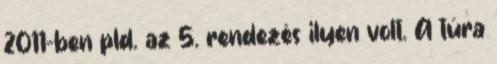
2011-ben pld. az 5. rendezés ilyen volt. A túra